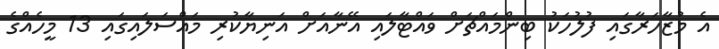
އެ މުޒާހަރާގައި ފުލުހަކު ބިންމައްޗަށް ވައްޓާލައި އޭނާއަށް އަނިޔާކުރި މައްސަލައިގައި 13 މީހެއްގެ